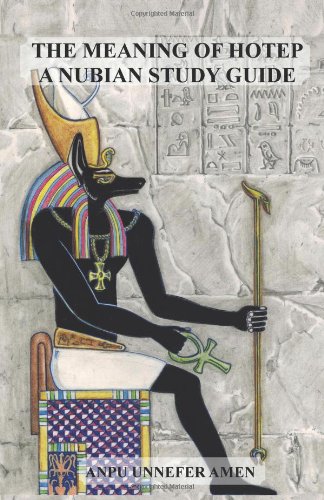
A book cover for The Meaning of Hotep: A Nubian Study Guide; Anpu Unnefer Amen; History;